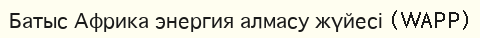
Батыс Африка энергия алмасу жүйесі (WAPP)